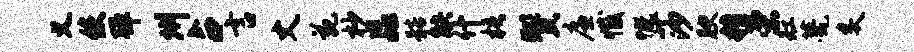
义使弹州占言丈苑杪淼髂觖什梧赞廉撼慨莎腴糟荣缸甍炙